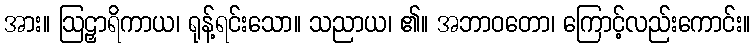
အား။ ဩဠှာရိကာယ၊ ရုန့်ရင်းသော။ သညာယ၊ ၏။ အဘာဝတော၊ ကြောင့်လည်းကောင်း။